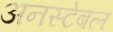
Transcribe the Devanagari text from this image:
अनस्टेबल